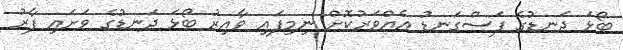
ބޯޅަ ދަނޑުގެ ފަސްގަނޑު އެއްވަރުކޮށް ނިމިފައި ވާއިރު ބޯޅަ ދަނޑުގެ ވަށައި ފާރު